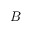
| B |